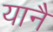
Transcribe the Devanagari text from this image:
यानै